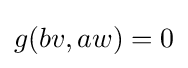
g(bv,aw)=0